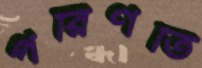
পরিণতি